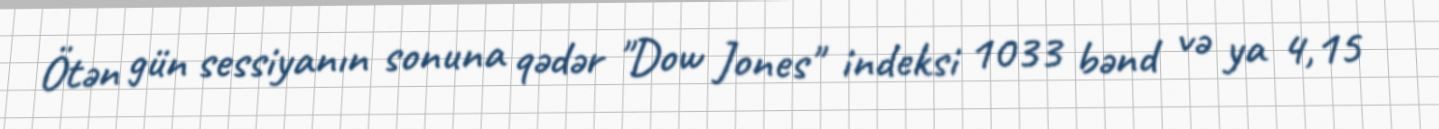
Ötən gün sessiyanın sonuna qədər "Dow Jones" indeksi 1033 bənd və ya 4,15